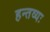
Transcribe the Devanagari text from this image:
हन्तव्यः